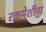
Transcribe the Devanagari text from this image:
रक्तपेशीना